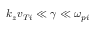
k _ { z } v _ { T i } \ll \gamma \ll \omega _ { p i }